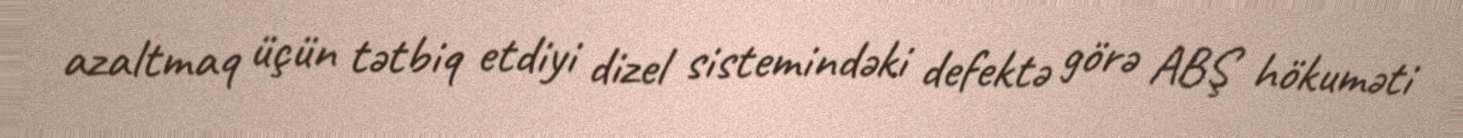
azaltmaq üçün tətbiq etdiyi dizel sistemindəki defektə görə ABŞ hökuməti